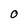
Character: 0